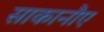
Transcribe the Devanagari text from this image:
साकानौए